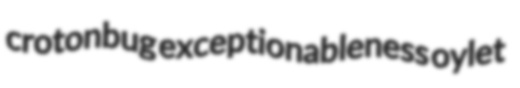
crotonbug exceptionableness oylet